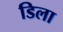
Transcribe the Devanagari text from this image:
डिला